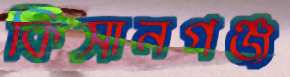
কিসানগঞ্জ